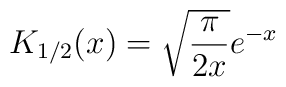
K_{1/2}(x)=\sqrt{\frac{\pi}{2x}} e^{-x}